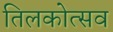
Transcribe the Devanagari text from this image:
तिलकोत्सव